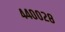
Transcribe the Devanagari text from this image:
४४००२८